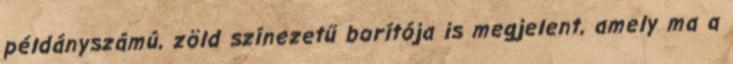
példányszámú, zöld színezetű borítója is megjelent, amely ma a